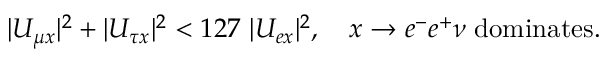
| U _ { \mu x } | ^ { 2 } + | U _ { \tau x } | ^ { 2 } < 1 2 7 \ | U _ { e x } | ^ { 2 } , \quad x \to e ^ { - } e ^ { + } \nu \; \mathrm { d o m i n a t e s } .